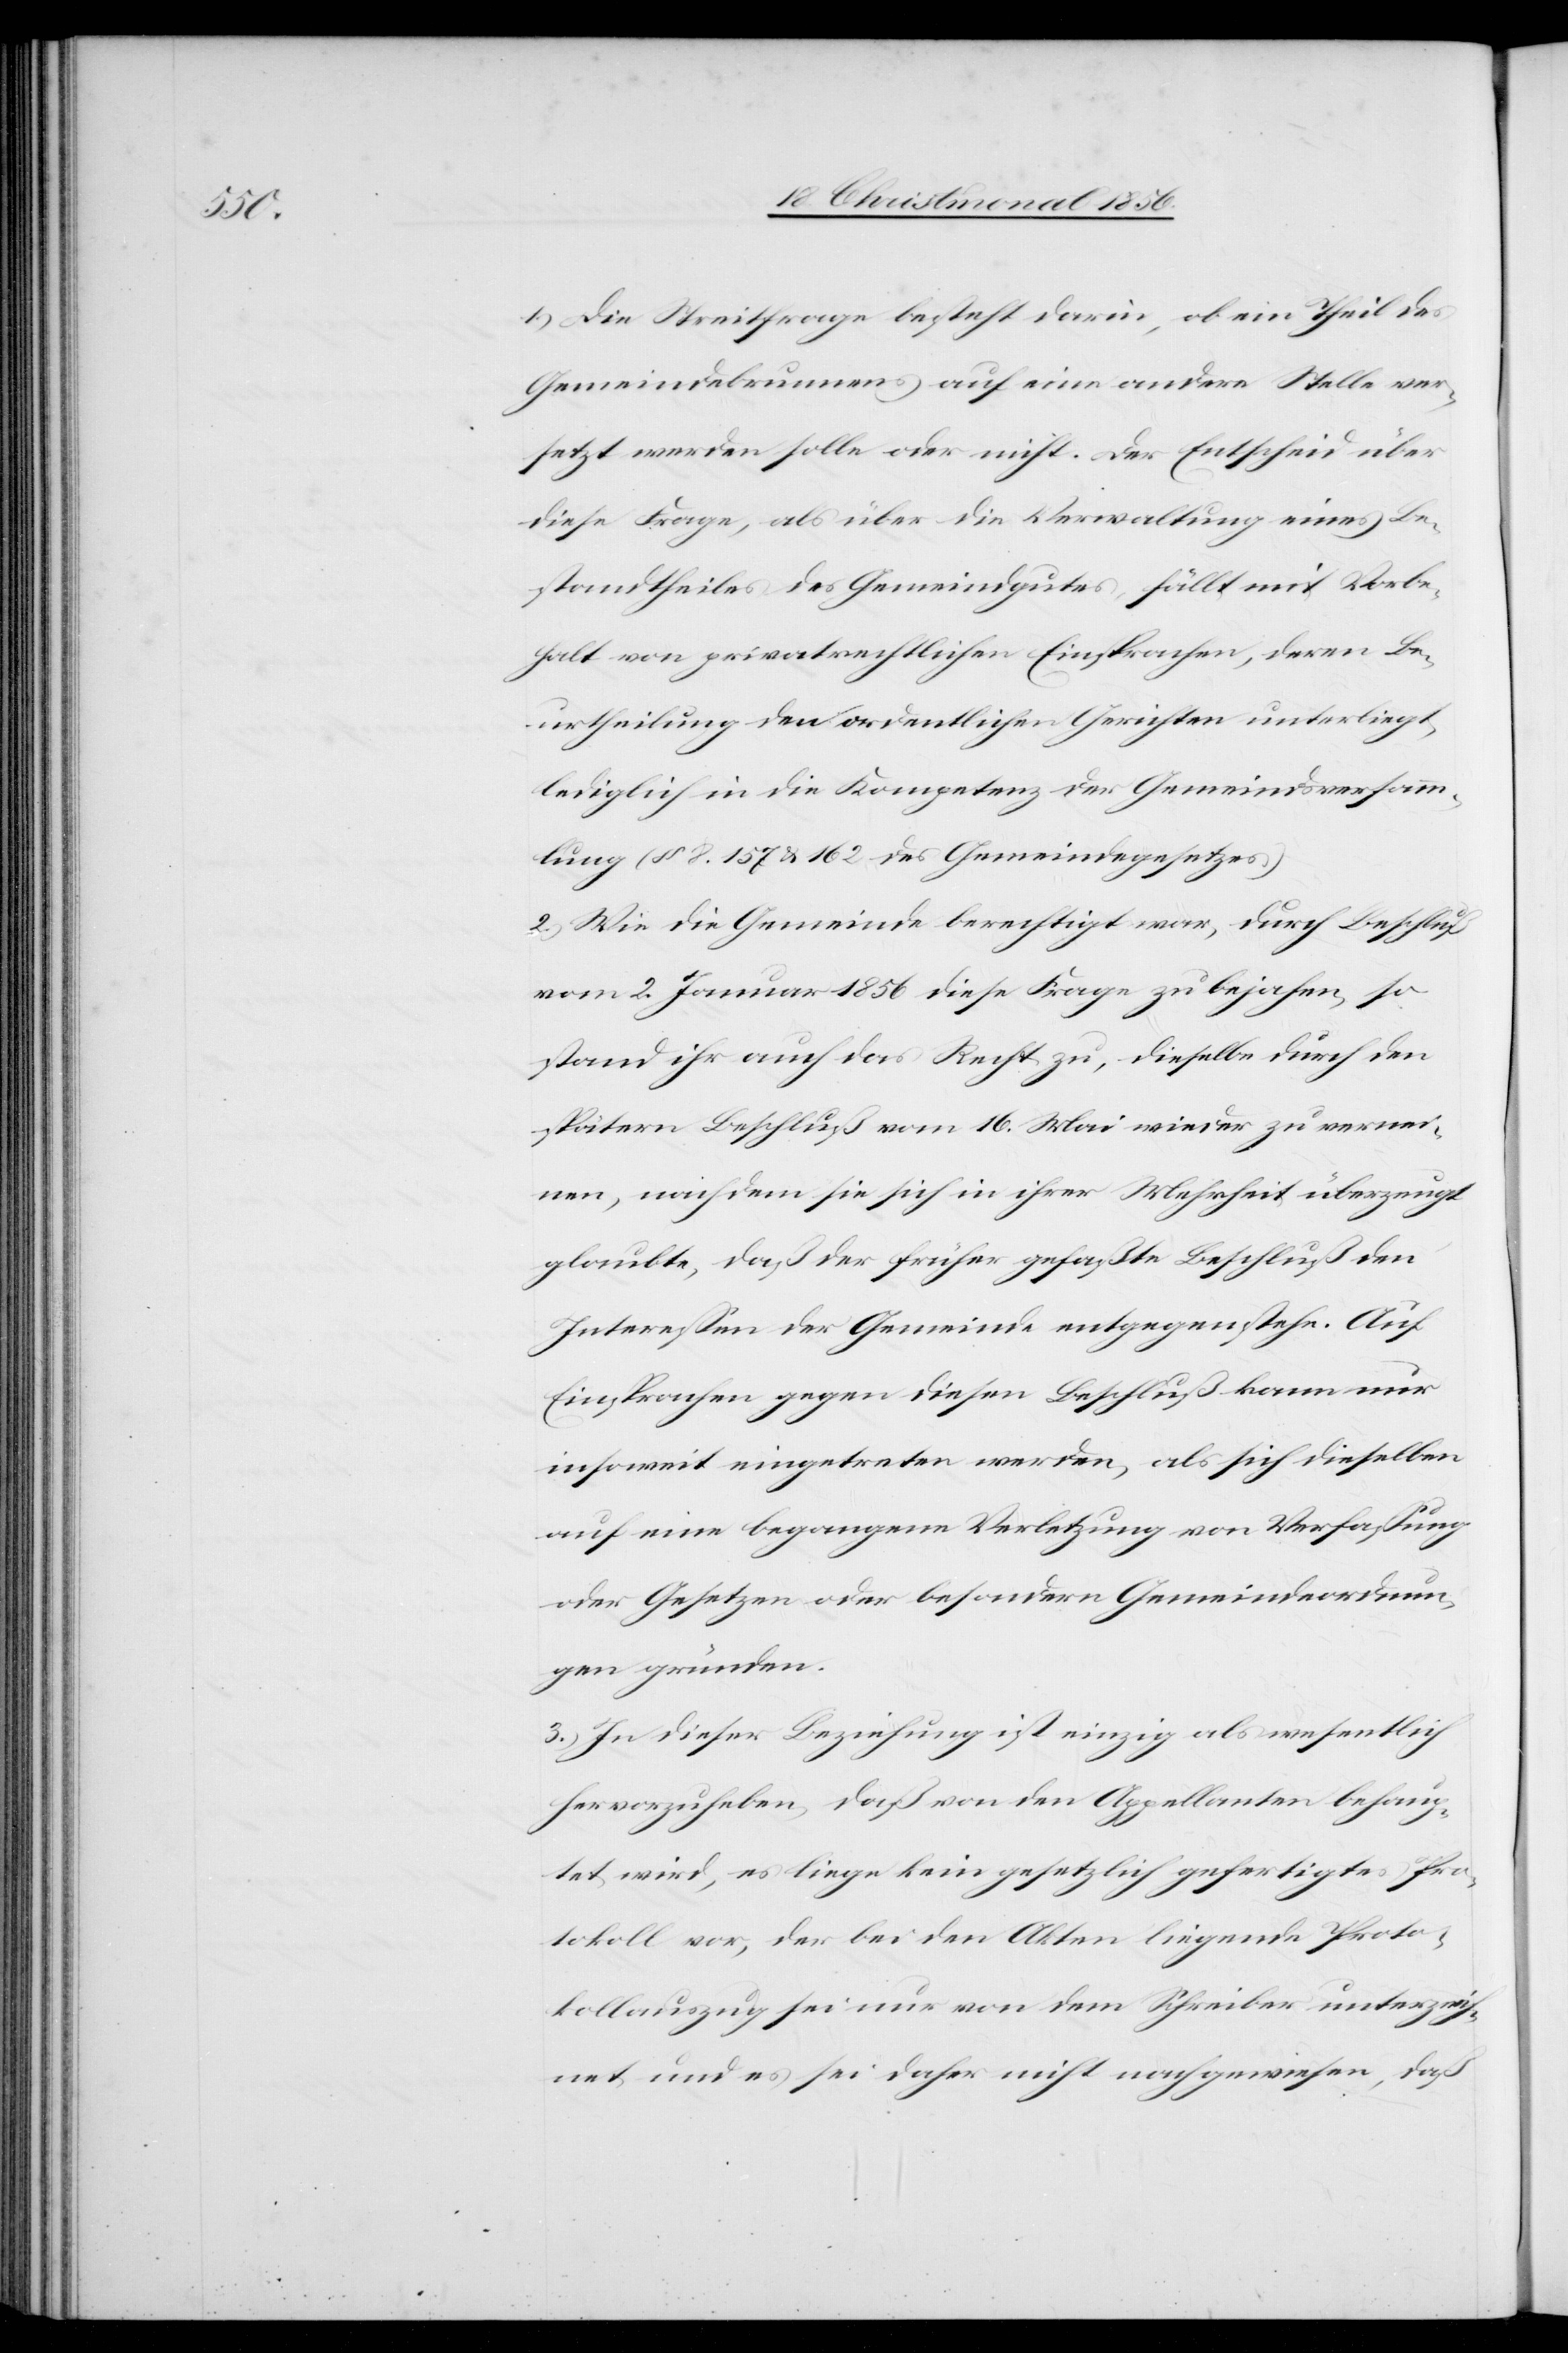
1.) Die Streitfrage besteht darin, ob ein Theil des
Gemeindebrunnens auf eine andere Stelle ver¬
setzt werden solle oder nicht. Der Entscheid über
diese Frage, als über die Verwaltung eines Be¬
standtheiles des Gemeindgutes fällt mit Vorbe¬
halt von privatrechtlichen Einsprachen, deren Be¬
urtheilung den ordentlichen Gerichten unterliegt,
lediglich in die Kompetenz der Gemeindsversamm¬
lung (§ 8. 157 & 162 des Gemeindegesetzes)
2.) Wie die Gemeinde berechtigt war, durch Beschluß
vom 2. Januar 1856 diese Frage zu bejahen, so
stand ihr auch das Recht zu, dieselbe durch den
spätern Beschluß vom 16. Mai wieder zu vernei¬
nen, nachdem sie sich in ihrer Mehrheit überzeugt
glaubte, daß der früher gefaßte Beschluß den
Interessen der Gemeinde entgegenstehe. Auf
Einsprachen gegen diesen Beschluß kann nur
insoweit eingetreten werden, als sich dieselben
auf eine begangene Verletzung von Verfassung
oder Gesetzen oder besondern Gemeindeordnun¬
gen gründen.
3.) In dieser Beziehung ist einzig als wesentlich
hervorzuheben, daß von den Appellanten behaup¬
tet wird, es liege kein gesetzlich gefertigtes Pro¬
tokoll vor, der bei den Akten liegende Proto¬
kollauszug sei nur von dem Schreiber unterzeich¬
net und es sei daher nicht nachgewiesen, daß